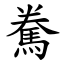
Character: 駦